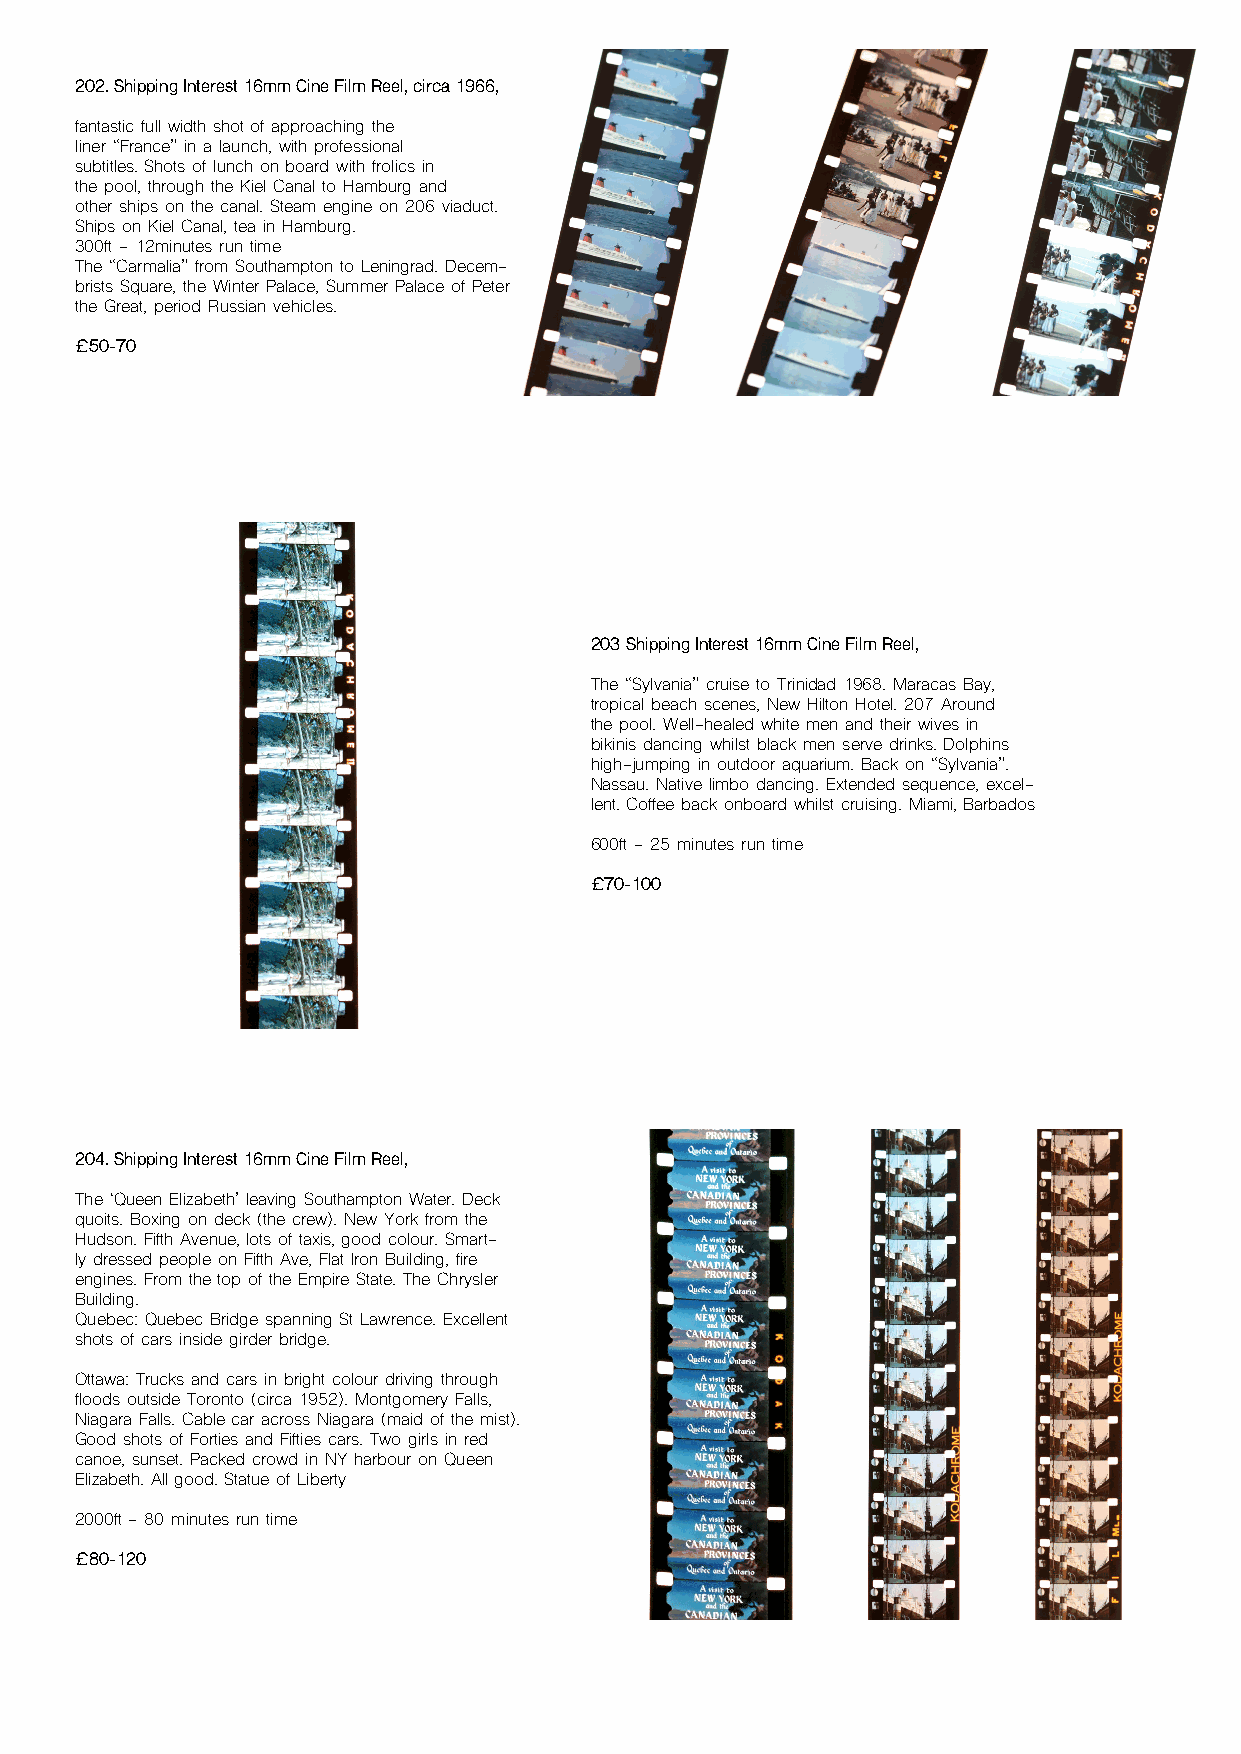
202. Shipping Interest 16mm Cine Film Reel, circa 1966,
 fantastic full width shot of approaching the
 liner “France” in a launch, with professional
 subtitles. Shots of lunch on board with frolics in
 the pool, through the Kiel Canal to Hamburg and
 other ships on the canal. Steam engine on 206 viaduct.
 Ships on Kiel Canal, tea in Hamburg.
 300ft - 12minutes run time
 The “Carmalia” from Southampton to Leningrad. Decem-
 brists Square, the Winter Palace, Summer Palace of Peter
 the Great, period Russian vehicles.
 £50-70
 203 Shipping Interest 16mm Cine Film Reel,
 The “Sylvania” cruise to Trinidad 1968. Maracas Bay,
 tropical beach scenes, New Hilton Hotel. 207 Around
 the pool. Well-healed white men and their wives in
 bikinis dancing whilst black men serve drinks. Dolphins
 high-jumping in outdoor aquarium. Back on “Sylvania”.
 Nassau. Native limbo dancing. Extended sequence, excel-
 lent. Coffee back onboard whilst cruising. Miami, Barbados
 600ft - 25 minutes run time
 £70-100
 204. Shipping Interest 16mm Cine Film Reel,
 The ‘Queen Elizabeth’ leaving Southampton Water. Deck
 quoits. Boxing on deck (the crew). New York from the
 Hudson. Fifth Avenue, lots of taxis, good colour. Smart-
 ly dressed people on Fifth Ave, Flat Iron Building, fire
 engines. From the top of the Empire State. The Chrysler
 Building.
 Quebec: Quebec Bridge spanning St Lawrence. Excellent
 shots of cars inside girder bridge.
 Ottawa: Trucks and cars in bright colour driving through
 floods outside Toronto (circa 1952). Montgomery Falls,
 Niagara Falls. Cable car across Niagara (maid of the mist).
 Good shots of Forties and Fifties cars. Two girls in red
 canoe, sunset. Packed crowd in NY harbour on Queen
 Elizabeth. All good. Statue of Liberty
 2000ft - 80 minutes run time
 £80-120